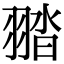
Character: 䎓